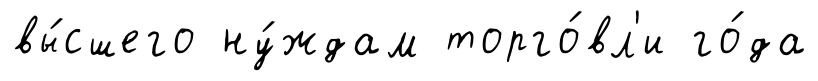
вы́сшего ну́ждам торго́вл'и го́да